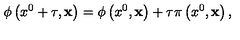
\phi \left( x ^ { 0 } + \tau , { \bf x } \right) = \phi \left( x ^ { 0 } , { \bf x } \right) + \tau \pi \left( x ^ { 0 } , { \bf x } \right) ,